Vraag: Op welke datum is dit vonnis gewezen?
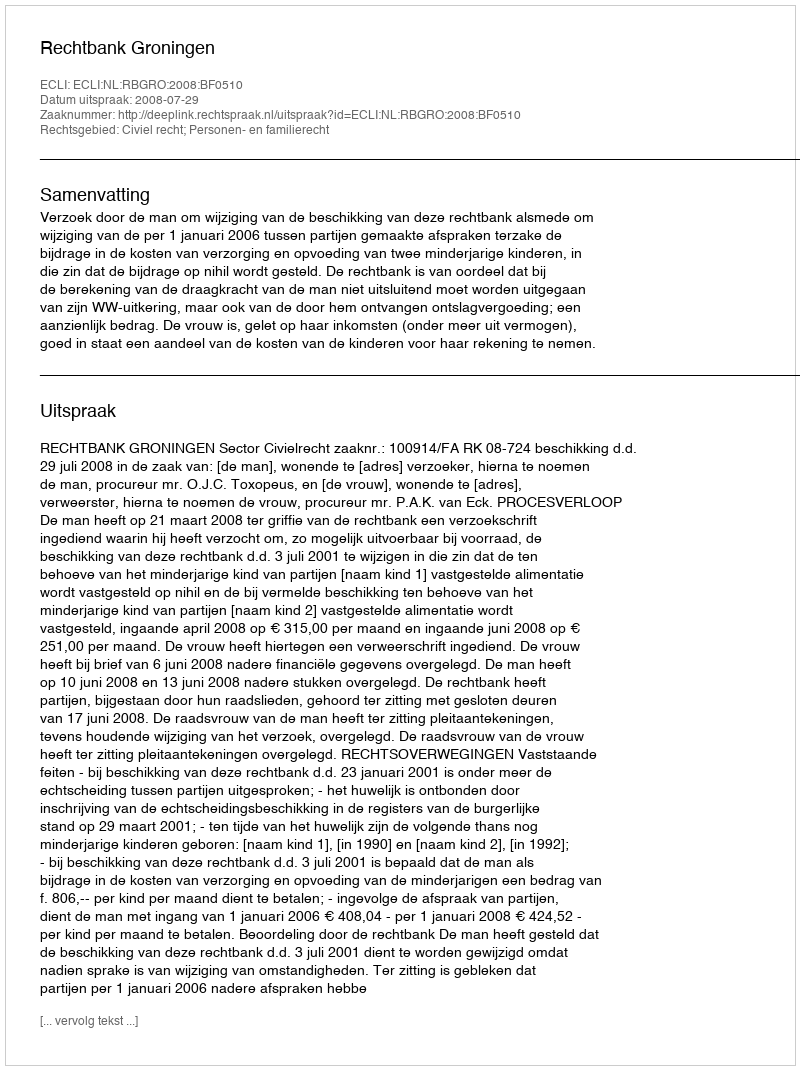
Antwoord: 2008-07-29